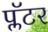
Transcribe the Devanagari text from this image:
प्लॅटर